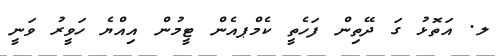
ލ. އަތޮޅު ގަ ދޭތިން ފަހެތީ ކެމްޕއެން ޓީމުން އިއްޔެ ހަވީރު ވަނީ